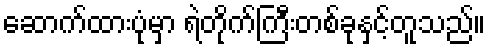
ဆောက်ထားပုံမှာ ရဲတိုက်ကြီးတစ်ခုနှင့်တူသည်။